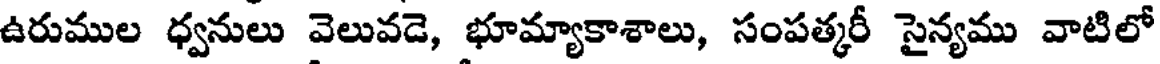
ఉరుముల ధ్వనులు వెలువడె, భూమ్యాకాశాలు, సంపత్కరీ సైన్యము వాటిలో